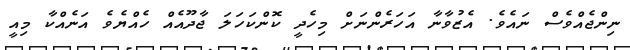
ނިންޖެއްވެސް ނައެވެ. އެޒުވާނާ އަހަރެންނަށް މިހެދީ ކޮންކަހަލަ ޖާދޫއެއް ހެއްޔެވެ އަނެއްކާ މިއީ